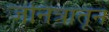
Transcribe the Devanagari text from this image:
जनित्रांतून